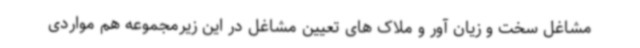
مشاغل سخت و زیان آور و ملاک های تعیین مشاغل در این زیرمجموعه هم مواردی